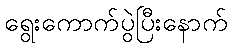
ရွေးကောက်ပွဲပြီးနောက်